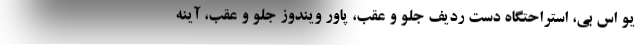
یو اس بی، استراحتگاه دست ردیف جلو و عقب، پاور ویندوز جلو و عقب، آینه